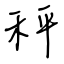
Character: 秤